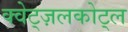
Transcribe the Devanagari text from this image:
क्वेट्ज़लकोट्ल